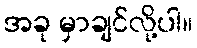
အခု မှာချင်လို့ပါ။